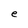
Character: e